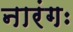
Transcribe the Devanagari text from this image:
नारंगः